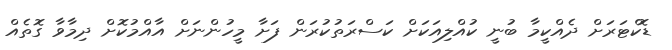
ޑޮކްޓަރަށް ދެއްކީމާ ބުނީ ކުއްލިއަކަށް ކަސްރަތުކުރަން ފަށާ މީހުންނަށް އާއްމުކޮށް ދިމާވާ ގޮތެއް